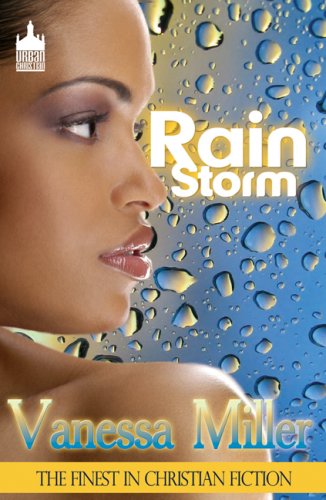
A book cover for Rain Storm; Vanessa Miller; Literature & Fiction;